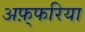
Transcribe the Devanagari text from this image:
अफ़्फरिया